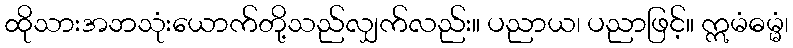
ထိုသားအဘသုံးယောက်တို့သည်လျှက်လည်း။ ပညာယ၊ ပညာဖြင့်။ ဣမံဓမ္မံ၊